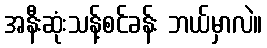
အနီးဆုံးသန့်စင်ခန်း ဘယ်မှာလဲ။